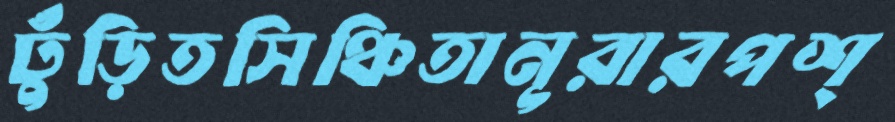
ঢুঁড়িতসিঞ্চিতানূরারপশ্